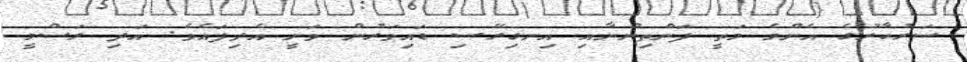
ސަރުކާރުގެ އެންމެ މަތީ ފަންތިންނާއި އިނގިރޭސި ޑައިވަރުން ވަނީ އެދިފައެވެ. އަދި ރަސްމީ